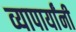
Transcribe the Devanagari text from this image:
व्यापार्यांनी